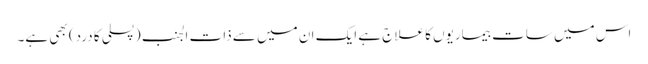
اس میں سات بیماریوں کا علاج ہے ایک ان میں سے ذات الجنب (پسلی کا درد) بھی ہے۔